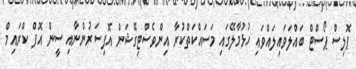
ޕޮލިސް ޕޯސްޓް ބައްލަވައިލައްވައި ހުޅުމާލޭގައި މަސައްކަތްކުރާ އިންވެސްޓިގޭޝަން އޮފިސަރުންނާއި ސީން އޮފް ކްރައިމް